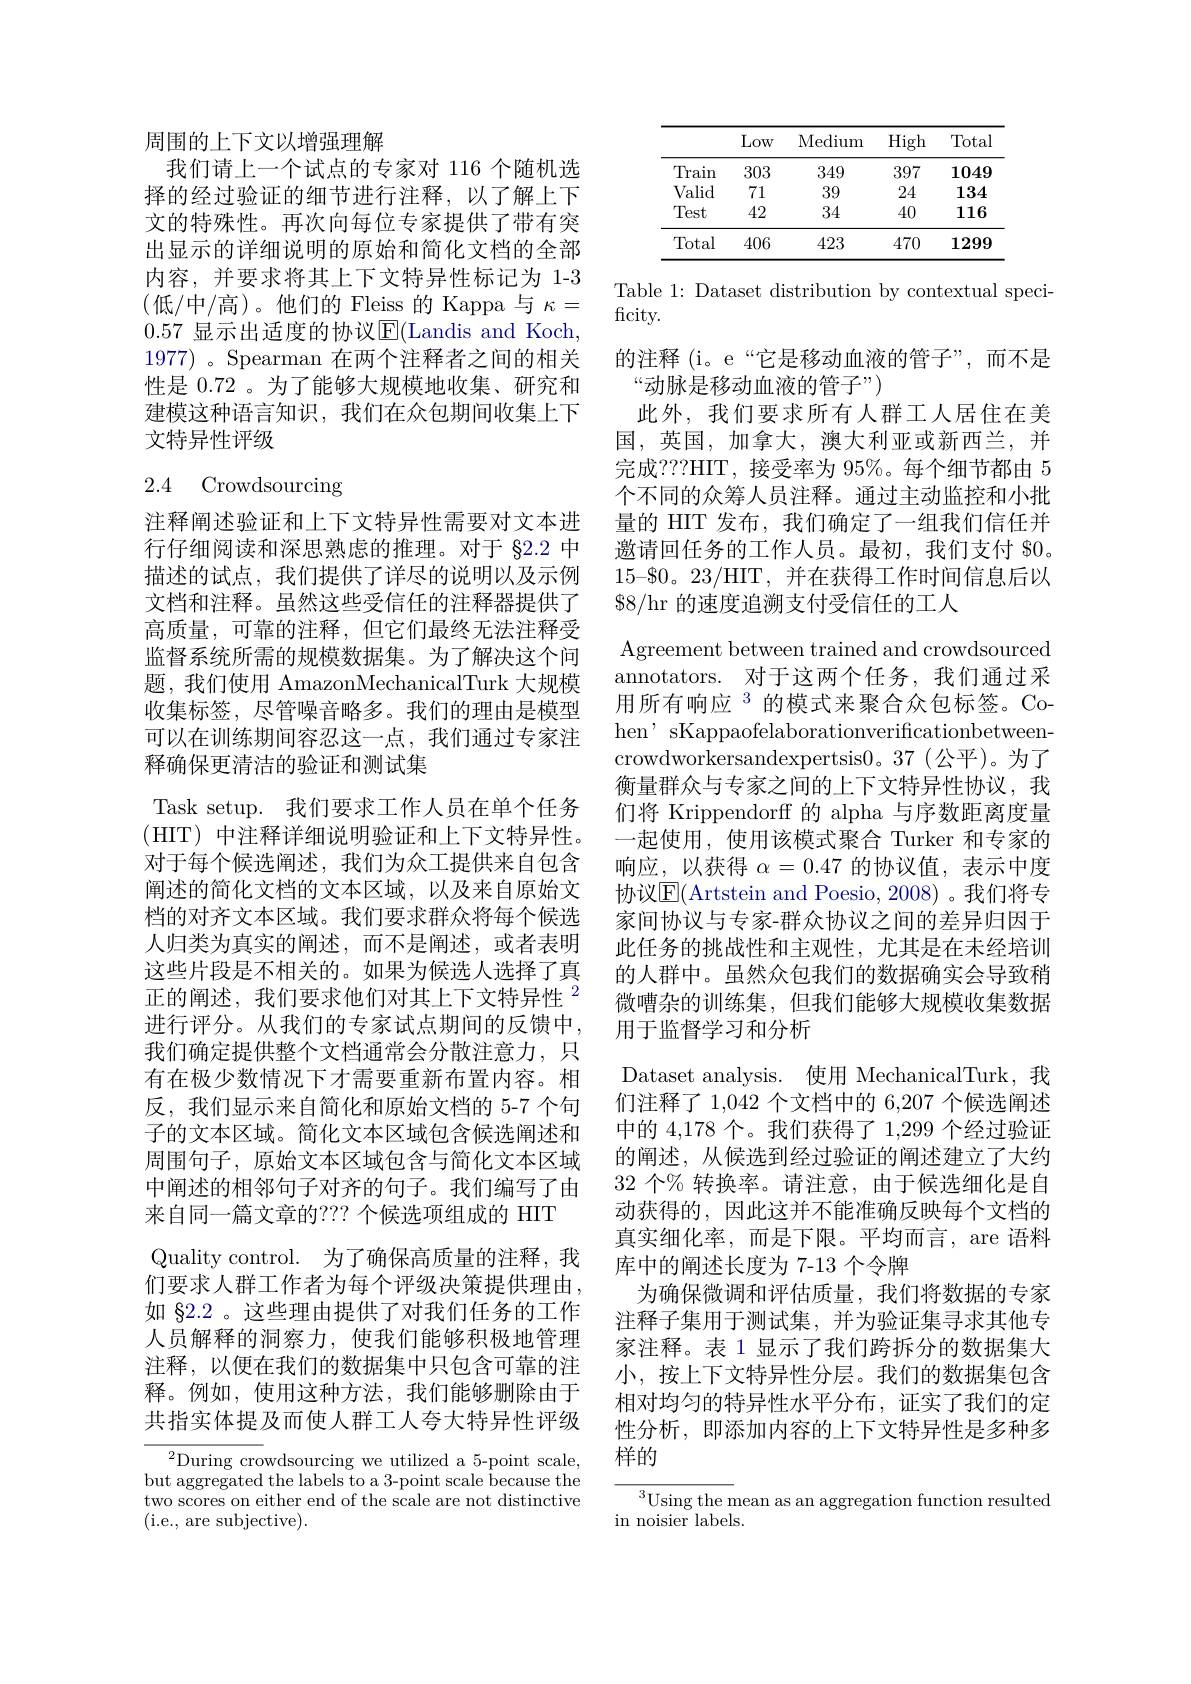
周围的上下文以增强理解
我们请上一个试点的专家对 116 个随机选择的经过验证的细节进行注释，以了解上下文的特殊性。再次向每位专家提供了带有突出显示的详细说明的原始和简化文档的全部内容，并要求将其上下文特异性标记为 1-3 (低/中/高)。他们的 Fleiss 的 Kappa 与 $\kappa=$ 0.57 显示出适度的协议E(Landis and Koch, 1977) 。Spearman 在两个注释者之间的相关性是 0.72 。为了能够大规模地收集、研究和建模这种语言知识，我们在众包期间收集上下文特异性评级

# 2.4 Crowdsourcing

注释阐述验证和上下文特异性需要对文本进行仔细阅读和深思熟虑的推理。对于$\S2.2$中描述的试点，我们提供了详尽的说明以及示例文档和注释。虽然这些受信任的注释器提供了高质量，可靠的注释，但它们最终无法注释受监督系统所需的规模数据集。为了解决这个问题，我们使用 AmazonMechanicalTurk 大规模收集标签，尽管噪音略多。我们的理由是模型可以在训练期间容忍这一点，我们通过专家注释确保更清洁的验证和测试集
Task setup. 我们要求工作人员在单个任务(HIT) 中注释详细说明验证和上下文特异性。对于每个候选阐述，我们为众工提供来自包含阐述的简化文档的文本区域，以及来自原始文档的对齐文本区域。我们要求群众将每个候选人归类为真实的阐述，而不是阐述，或者表明这些片段是不相关的。如果为候选人选择了真正的阐述，我们要求他们对其上下文特异性$^{2}$ 进行评分。从我们的专家试点期间的反馈中， 我们确定提供整个文档通常会分散注意力，只有在极少数情况下才需要重新布置内容。相反，我们显示来自简化和原始文档的 5-7 个句子的文本区域。简化文本区域包含候选阐述和周围句子，原始文本区域包含与简化文本区域中阐述的相邻句子对齐的句子。我们编写了由来自同一篇文章的？? 个候选项组成的 HIT
Quality control. 为了确保高质量的注释，我们要求人群工作者为每个评级决策提供理由， 如 §2.2 。这些理由提供了对我们任务的工作人员解释的洞察力，使我们能够积极地管理注释，以便在我们的数据集中只包含可靠的注释。例如，使用这种方法，我们能够删除由于共指实体提及而使人群工人夸大特异性评级
${}^{2}$During crowdsourcing we utilized a 5-point scale,

but aggregated the labels to a 3-point scale because the two scores on either end of the scale are not distinctive (i.e., are subjective).

<table>
	<tbody>
		<tr>
			<th> </th>
			<th>Low -</th>
			<th>Medium</th>
			<th>High</th>
			<th>Total</th>
		</tr>
		<tr>
			<td>Train</td>
			<td>303</td>
			<td>349</td>
			<td>397</td>
			<td>1049</td>
		</tr>
		<tr>
			<td>Valid</td>
			<td>71</td>
			<td>39</td>
			<td>24</td>
			<td>134</td>
		</tr>
		<tr>
			<td>Test</td>
			<td>42</td>
			<td>34</td>
			<td>40</td>
			<td>116</td>
		</tr>
		<tr>
			<td>Total</td>
			<td>406</td>
			<td>423</td>
			<td>470</td>
			<td>1299</td>
		</tr>
	</tbody>
</table>

Table 1: Dataset distribution by contextual speci-
ficity.
的注释 (i。e“它是移动血液的管子”,而不是
“动脉是移动血液的管子”)
此外，我们要求所有人群工人居住在美国，英国，加拿大，澳大利亚或新西兰，并完成？??HIT,接受率为 95%。每个细节都由5个不同的众筹人员注释。通过主动监控和小批量的 HIT 发布，我们确定了一组我们信任并邀请回任务的工作人员。最初，我们支付 $0。$15–\$0。23/$HIT,并在获得工作时间信息后以$\$8/$hr 的速度追溯支付受信任的工人
Agreement between trained and crowdsourced annotators. 对于这两个任务，我们通过采用所有响应$^{3}$的模式来聚合众包标签。Cohen' sKappaofelaborationverificationbetweencrowdworkersandexpertsis0。37(公平)。为了衡量群众与专家之间的上下文特异性协议，我们将 Krippendorff 的 alpha 与序数距离度量一起使用，使用该模式聚合 Turker 和专家的响应，以获得$\alpha=0.47$的协议值，表示中度协议|E|(Artstein and Poesio, 2008) 。我们将专家间协议与专家-群众协议之间的差异归因于此任务的挑战性和主观性，尤其是在未经培训的人群中。虽然众包我们的数据确实会导致稍微嘈杂的训练集，但我们能够大规模收集数据用于监督学习和分析
Dataset analysis. 使用 MechanicalTurk,我们注释了 1,042 个文档中的 6,207 个候选阐述中的 4,178 个。我们获得了 1,299 个经过验证的阐述，从候选到经过验证的阐述建立了大约32 个% 转换率。请注意，由于候选细化是自动获得的，因此这并不能准确反映每个文档的真实细化率，而是下限。平均而言，are 语料库中的阐述长度为 7-13 个令牌
为确保微调和评估质量，我们将数据的专家注释子集用于测试集，并为验证集寻求其他专家注释。表 1 显示了我们跨拆分的数据集大小，按上下文特异性分层。我们的数据集包含相对均匀的特异性水平分布，证实了我们的定性分析，即添加内容的上下文特异性是多种多样的
${^{3}\text{Using the mean as an aggregation function resulted}}$

in noisier labels.